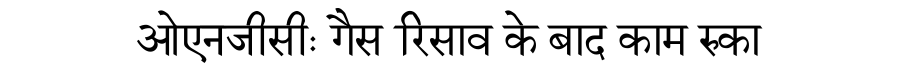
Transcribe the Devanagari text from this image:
ओएनजीसीः गैस रिसाव के बाद काम रुका